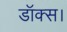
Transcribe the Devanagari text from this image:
डॉक्स।